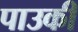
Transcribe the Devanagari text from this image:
पाउकी